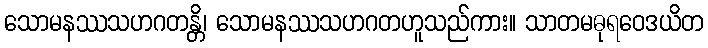
သောမနဿသဟဂတန္တိ၊ သောမနဿသဟဂတဟူသည်ကား။ သာတမဓုရဝေဒယိတ